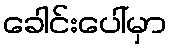
ခေါင်းပေါ်မှာ